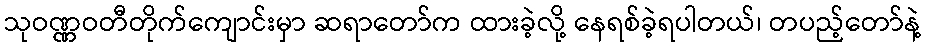
သုဝဏ္ဏဝတီတိုက်ကျောင်းမှာ ဆရာတော်က ထားခဲ့လို့ နေရစ်ခဲ့ရပါတယ်၊ တပည့်တော်နဲ့